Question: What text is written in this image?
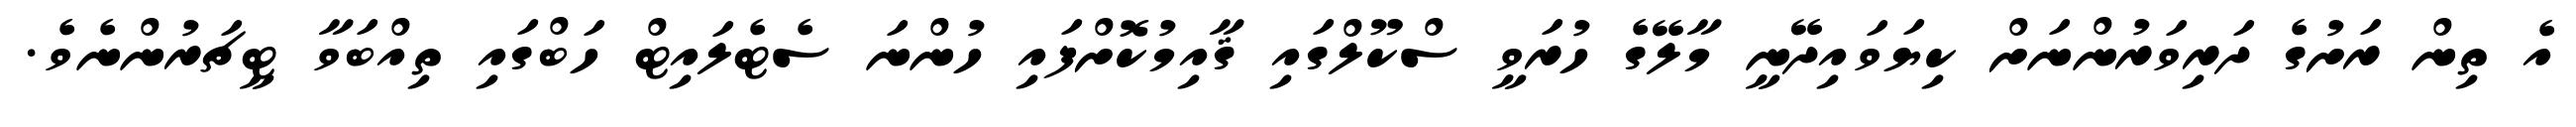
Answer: އެ ތިން ރަށުގެ ދަރިވަރުންނަށް ކިޔަވައިދޭނީ މާލޭގެ ހުރަވީ ސްކޫލްގައި ޤާއިމުކޮށްފައި ހުންނަ ސެޓެލައިޓް ހަބްގައި ތިއްބަވާ ޓީޗަރުންނެވެ.